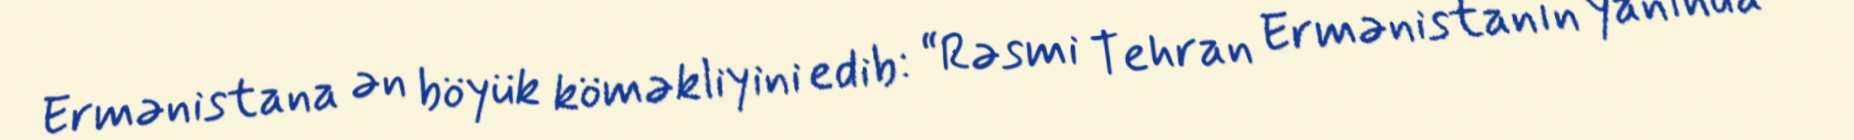
Ermənistana ən böyük köməkliyini edib: “Rəsmi Tehran Ermənistanın yanında